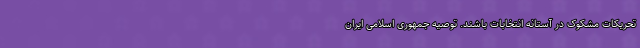
تحریکات مشکوک در آستانه انتخابات باشند. توصیه جمهوری اسلامی ایران